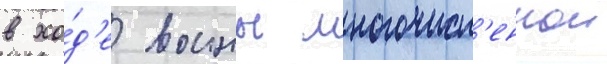
в хо́д'е воины многочисл'еннои